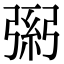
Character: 𢐐